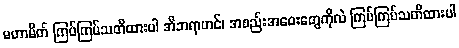
မဟာမိတ် ကြပ်ကြပ်သတိထားပါ အီဘရာဟင်၊ အစည်းအဝေးတွေကိုလဲ ကြပ်ကြပ်သတိထားပါ